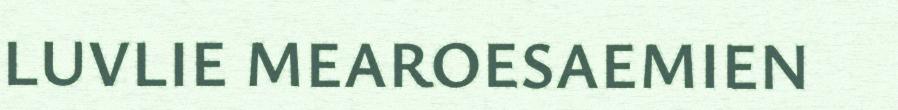
LUVLIE MEAROESAEMIEN